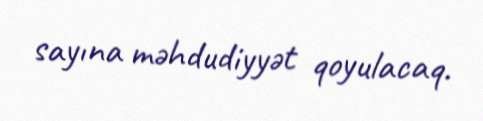
sayına məhdudiyyət qoyulacaq.